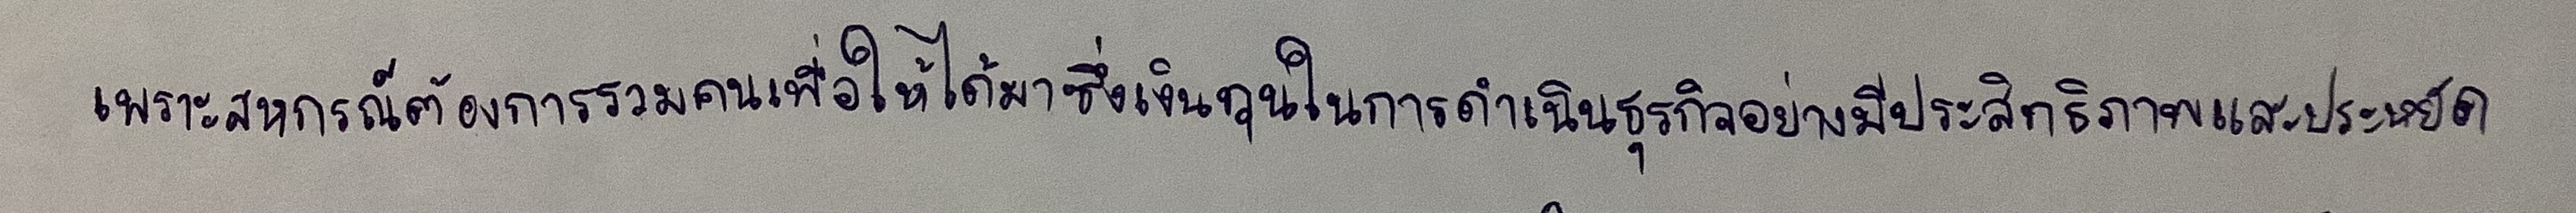
เพราะสหกรณ์ต้องการรวมคนเพื่อให้ได้มาซึ่งเงินทุนในการดำเนินธุรกิจอย่างมีประสิทธิภาพและประหยัด